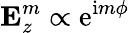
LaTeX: \textbf{E}_{z}^{m}\propto\mathrm{e}^{\mathrm{i}m\phi}